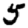
Digit: 5